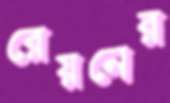
রেয়নের